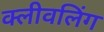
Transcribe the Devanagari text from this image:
क्लीवलिंग